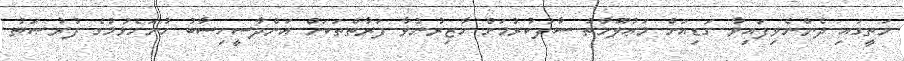
މަތީގައި ދެންނެވިފައިވާ ގަޑިއަށް މަޢުލޫމާތު ސާފުކުރުމަށް ހާޒިރުނުވާ ފަރާތްތަކަށް އަންދާސީހިސާބު ހުށަހެޅުމުގެ ފުރުޞަތު